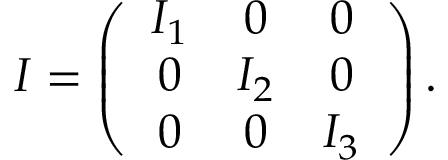
\begin{array} { r } { I = \left( \begin{array} { c c c } { I _ { 1 } } & { 0 } & { 0 } \\ { 0 } & { I _ { 2 } } & { 0 } \\ { 0 } & { 0 } & { I _ { 3 } } \end{array} \right) . } \end{array}